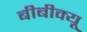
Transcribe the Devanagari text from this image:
बीबीक्यू